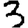
Digit: 3